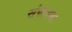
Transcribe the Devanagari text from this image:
संपायचा